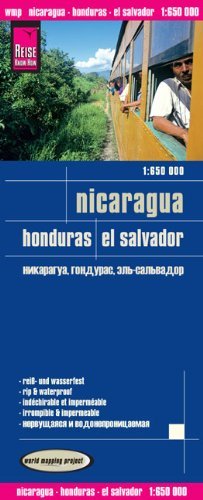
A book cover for By Reise Know How Verlag Peter Rump Nicaragua and Honduras and El Salvador 2014: REISE.2380 (3rd Revised edition) [Map]; Travel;